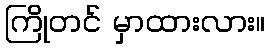
ကြိုတင် မှာထားလား။